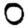
Digit: 0